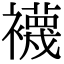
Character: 襪